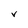
Character: V